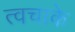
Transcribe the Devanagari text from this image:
त्वचाके